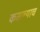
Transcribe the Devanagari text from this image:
कसल्याच